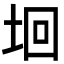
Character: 𡋙